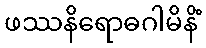
ဖဿနိရောဓဂါမိနိံ